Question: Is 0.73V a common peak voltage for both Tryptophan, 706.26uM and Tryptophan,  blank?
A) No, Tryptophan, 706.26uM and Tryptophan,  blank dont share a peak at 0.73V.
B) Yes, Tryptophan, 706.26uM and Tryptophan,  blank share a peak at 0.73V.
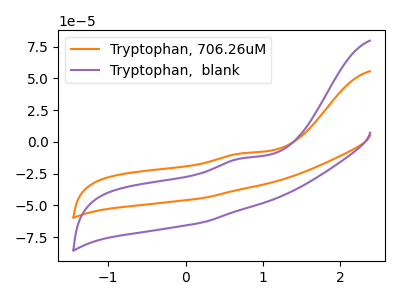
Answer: <think>The orange curve "Tryptophan, 706.26uM" has an anodic peak at: (0.75V, -9.00uA). The purple curve "Tryptophan,  blank" has an anodic peak at: (0.75V, -12.90uA).</think>
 <answer>B) Yes, "Tryptophan, 706.26uM" and "Tryptophan,  blank" share a peak at 0.73V.</answer>
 <eval>B</eval>